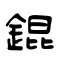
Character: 錕